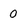
Character: 0